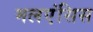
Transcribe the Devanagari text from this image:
मलएंसिस